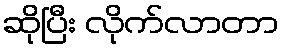
ဆိုပြီး လိုက်လာတာ